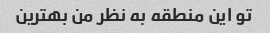
تو این منطقه به نظر من بهترین